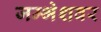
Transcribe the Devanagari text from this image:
जम्भेशवर